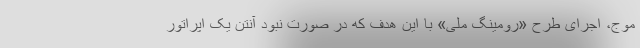
موج، اجرای طرح «رومینگ ملی» با این هدف که در صورت نبود آنتن یک اپراتور